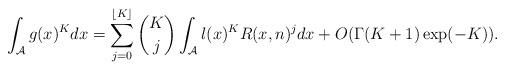
LaTeX: \begin{align*}\int_{\mathcal{A}}g(x)^Kdx=\sum_{j=0}^{\lfloor K\rfloor}\binom{K}{j}\int_{\mathcal{A}}l(x)^KR(x,n)^jdx+O(\Gamma(K+1)\exp(-K)).\end{align*}